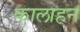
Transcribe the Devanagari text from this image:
कालाहन